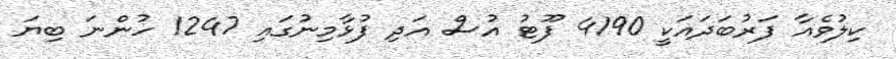
ކިލުވެއާ ފަރުބަދައަކީ 4190 ފޫޓު އުސް އަދި ފުޅާމިނުގައި 1247 ހުންނަ ބިޔަ